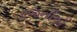
રજનીએ